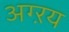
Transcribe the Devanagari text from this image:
अग्ऱय